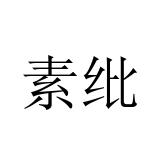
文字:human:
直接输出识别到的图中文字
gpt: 素纰